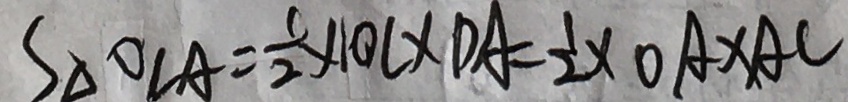
S _ { \Delta O C A } = \frac { 1 } { 2 } \times 1 0 C \times D A = \frac { 1 } { 2 } \times O A \times A C